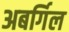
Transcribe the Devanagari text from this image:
अबर्गिल